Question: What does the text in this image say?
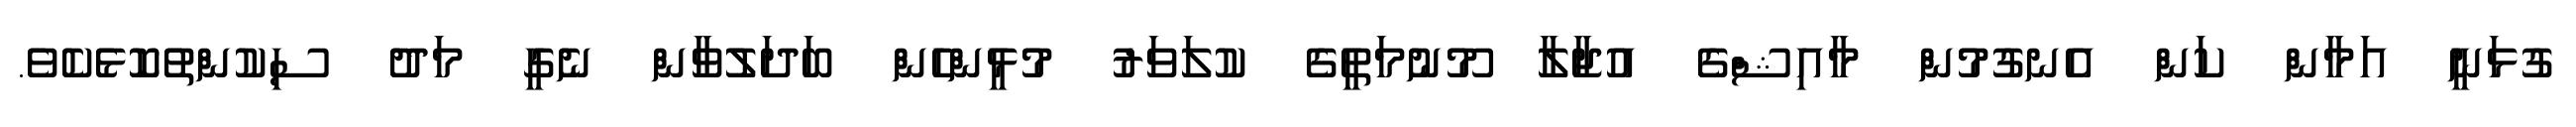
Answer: ގުޅަނީ އަމާން ކަން އެނގުމުން މާއިޝްގެ އުޖާލާ މޫނުމަތީގެ ކުލަވަރު މުޅީންހެން ބަދަލުވާން ނެގީ މަދު ސިކުންތުކޮޅެކެވެ.